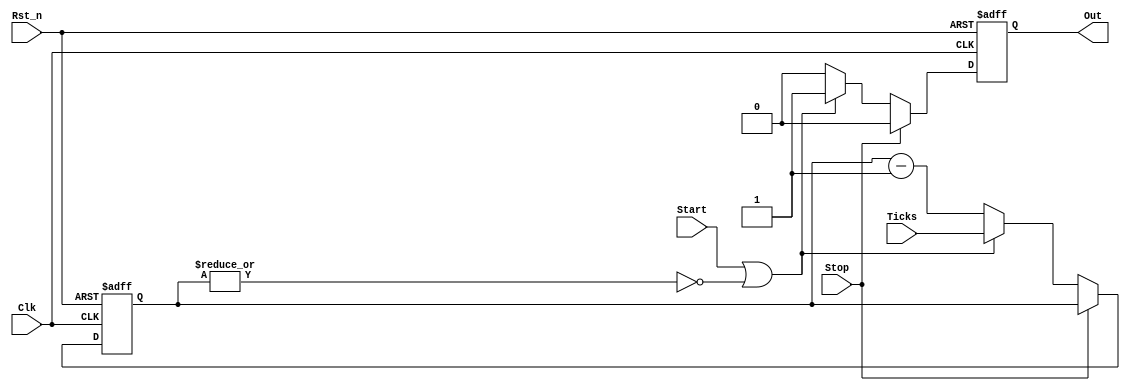
/********1*********2*********3*********4*********5*********6*********7*********8
*_______________________________________________________________________________
*
* Revision history
*
* Name  Marc, Erwin     Date  12/03/2024      Observations
* _______________________________________________________________________________
*
* Description
* //
* 
* 
*________________________________________________________________________________

* (c) Copyright Universitat de Barcelona, 2024
*
*********1*********2*********3*********4*********5*********6*********7*********/

module i2c_bit_timer #(parameter SIZE = 8)
		     (Clk, Rst_n, Ticks, Start, Stop, Out);
	/*-----
	  I/O
	------*/
	//1b wire inputs. Inputs must be set as wires
	input Clk,   //Rellotge del sistema
	      Rst_n, //Reset asincron actiu per flanc de baixada. Posa tant el valor del comptador com de la sortida a 0
	      Start, //Si esta actiu el Timer ha de poder tornar al valor inicial en qualsevol moment i mantenir-se en aquest estat
	      Stop;  //Si esta actiu el Timer para de decreixer

	//8b wire inputs. Inputs must be set as wires
	input [SIZE-1:0]Ticks; //valor a partir del qual el timer comencara a decreixer. Un cop el valor arriba a 0 el Timer es reincia i comenca a comptar de nou. PRER

	//1b reg output. LHS outputs inside always must be set as reg
	output reg Out; //Flag del timer. Cada N cicles de rellotge (en funcio del prescaler) genera un pols que indica que el comptador ha arribat a 0

	//variables internas con minuscula
	reg [SIZE-1:0]counter; //registro interno

	/*--------------------------------------------------------------------
	 * Timer decreciente ciclico con reset asincrono por flanco de bajada
	 * 
	 * 
	--------------------------------------------------------------------*/
	always @(posedge Clk or negedge Rst_n) begin
		//reset asincrono
		if (!Rst_n) begin
			Out <= 1'b0;
			counter[SIZE-1:0] <= {SIZE{1'b0}};
		end
		//start = 1 or counter = 0
		else begin
			if (Stop) begin
				Out     <= 1'b0;
				counter <= counter;
			end

			else if (Start || ~|counter) begin
				Out     <= 1'b1;
				counter <= Ticks;
			end

			else begin
				Out     <= 1'b0;
				counter <= counter - 1'b1;
			end
		end
	end

endmodule //tanquem el module i2c_bit_timer